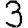
Digit: 3